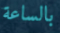
بالساعة